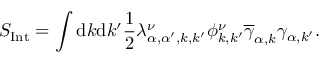
S _ { \mathrm { { I n t } } } = \int \mathrm { d } k \mathrm { d } k ^ { \prime } \frac { 1 } { 2 } \lambda _ { \alpha , \alpha ^ { \prime } , { k } , { k ^ { \prime } } } ^ { \nu } \phi _ { { k } , { k ^ { \prime } } } ^ { \nu } \overline { { \gamma } } _ { \alpha , { k } } \gamma _ { \alpha , { k } ^ { \prime } } .